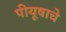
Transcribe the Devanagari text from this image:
पीयूषाचे